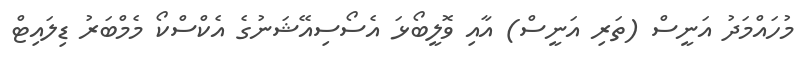
މުހައްމަދު އަނީސް (ތަރި އަނީސް) އާއި ވޮލީބޯޅަ އެސޯސިއޭޝަނުގެ އެކްސްކޯ މެމްބަރު ޑިލައިޓް